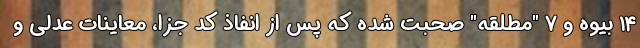
۱۴ بیوه و ۷ "مطلقه" صحبت شده که پس از انفاذ کد جزا، معاینات عدلی و